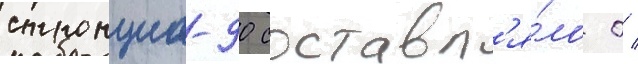
стронциа-90 составл'я́ло 0 /